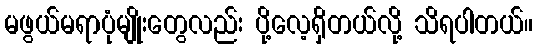
မဖွယ်မရာပုံမျိုးတွေလည်း ပို့လေ့ရှိတယ်လို့ သိရပါတယ်။